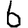
Digit: 6